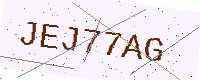
Text: JEJ77AG